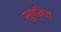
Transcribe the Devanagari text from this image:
सुषमित